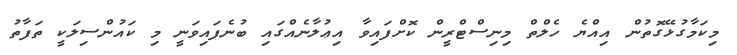
މިކަމާގުޅޭގޮތުުން އިއްޔެ ހެލްތް މިނިސްޓްރީން ކޮށްފައިވާ އިޢުލާނެއްގައި ބުނެފައިވަނީ މި ކައުންސިލަކީ ތަފާތު